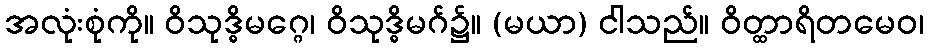
အလုံးစုံကို။ ဝိသုဒ္ဓိမဂ္ဂေ၊ ဝိသုဒ္ဓိမဂ်၌။ (မယာ) ငါသည်။ ဝိတ္ထာရိတမေဝ၊